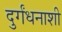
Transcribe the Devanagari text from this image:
दुर्गंधनाशी